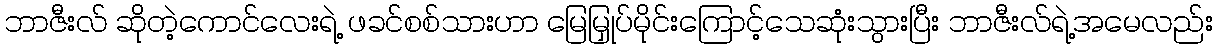
ဘာဇီးလ် ဆိုတဲ့ကောင်လေးရဲ့ ဖခင်စစ်သားဟာ မြေမြှုပ်မိုင်းကြောင့်သေဆုံးသွားပြီး ဘာဇီးလ်ရဲ့အမေလည်း